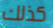
كذلك